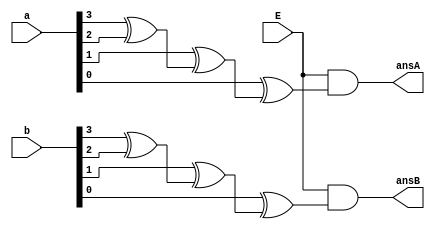
`timescale 1ns / 1ps
//////////////////////////////////////////////////////////////////////////////////
// Company: 
// Engineer: 
// 
// Design Name: 
// Module Name:    evenparity 
// Project Name: 
// Target Devices: 
// Tool versions: 
// Description: 
//
// Dependencies: 
//
// Revision: 
// Revision 0.01 - File Created
// Additional Comments: 
//
//////////////////////////////////////////////////////////////////////////////////
module evenparity(a,b,E,ansA,ansB);

input [3:0]a;
input	[3:0]b;
input E;
output ansA;
output ansB;

wire [3:0]w;
wire wireAnsA, wireAnsB;

xor(w[0], a[3], a[2]);
xor(w[1], a[1], w[0]);
xor(wireAnsA, a[0], w[1]);

xor(w[2], b[3], b[2]);
xor(w[3], b[1], w[2]);
xor(wireAnsB, b[0], w[3]);

and(ansA, E, wireAnsA);
and(ansB, E, wireAnsB);


endmodule